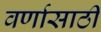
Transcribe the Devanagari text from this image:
वर्णासाठी